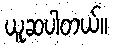
ယူဆပါတယ်။